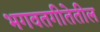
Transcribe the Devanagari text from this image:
भगवतगीतेतील